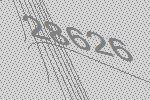
28626